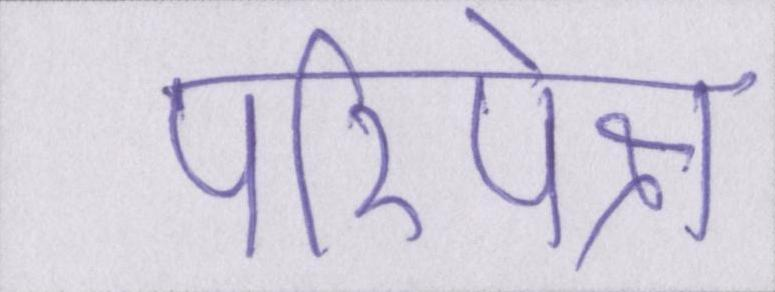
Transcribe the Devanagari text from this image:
परिपेक्ष